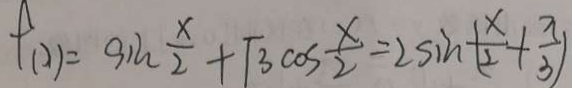
f ( 2 ) = \sin \frac { x } { 2 } + \sqrt { 3 } \cos \frac { x } { 2 } = 2 \sin ( \frac { x } { 2 } + \frac { 7 } { 3 } )